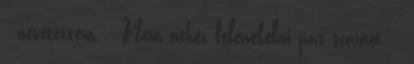
- nevetettem. - Nem nehéz felénekelni pár számot. -